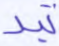
تبد